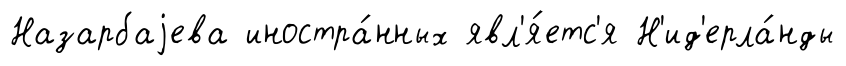
Назарбаjева иностра́нных явл'я́етс'я Н'ид'ерла́нды